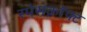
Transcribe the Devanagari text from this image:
स्पेसक्रॉफ्ट